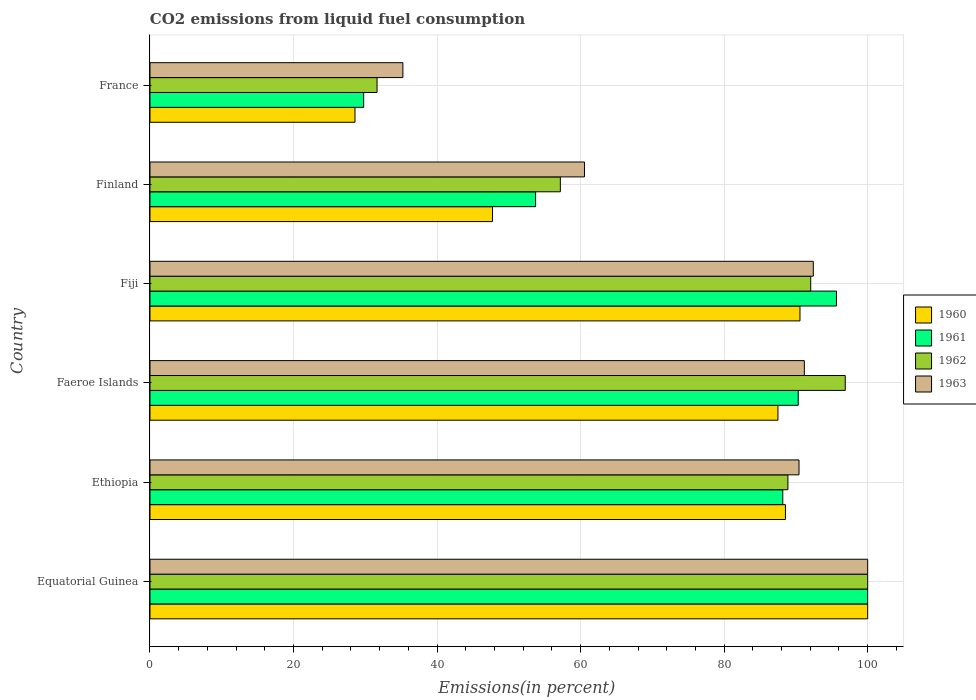
| Country | 1960 | 1961 | 1962 | 1963 |
 | --- | --- | --- | --- | --- |
 | Equatorial Guinea | 100 | 100 | 100 | 100 |
 | Ethiopia | 88.5 | 88.2 | 88.9 | 90.4 |
 | Faeroe Islands | 87.5 | 90.3 | 96.9 | 91.2 |
 | Fiji | 90.6 | 95.7 | 92.1 | 92.4 |
 | Finland | 47.7 | 53.7 | 57.2 | 60.5 |
 | France | 28.6 | 29.8 | 31.6 | 35.2 |